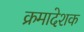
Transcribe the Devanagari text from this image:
क्रमादेशक